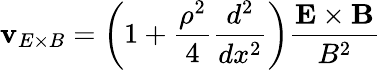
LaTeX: \mathbf{v}_{E\times B}=\left(1+\frac{\rho^{2}}{4}\frac{d^{2}}{dx^{2}}\right)\frac{\mathbf{E}\times\mathbf{B}}{B^{2}}